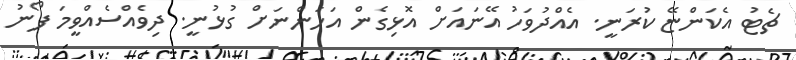
ޗެޓު އެކަންޏޭ ކުރަނީ. އެއްދުވަހު އޭނައަށް އޮޅިގެން އަހަންނަށް ގުޅުނީ. ދިވެއްސެއްވީމަ ފޯނު